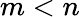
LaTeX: m<n